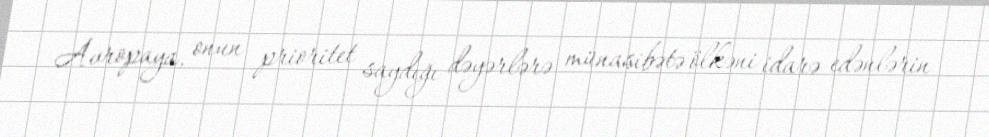
Avropaya, onun prioritet saydığı dəyərlərə münasibətə ölkəni idarə edənlərin